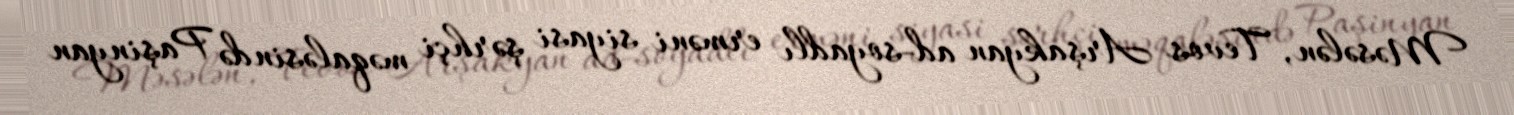
Məsələn, Tevos Arşakyan ad-soyadlı erməni siyasi şərhçi məqaləsində Paşinyan